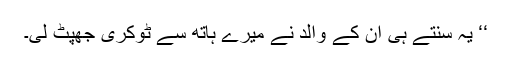
‘‘ یہ سنتے ہی ان کے والد نے میرے ہاتھ سے ٹوکری جھپٹ لی۔